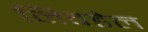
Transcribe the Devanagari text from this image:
निवडेल